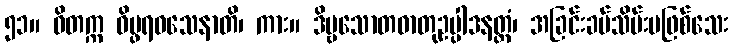
၅၁။ ဝိတက္က ဝိပ္ဖရဝသေနာတိ၊ ကား။ ဒိဗ္ဗသောတဓာတုဥပ္ပါဒနတ္ထံ၊ အခြင်းခပ်သိမ်းမဖြစ်သေး